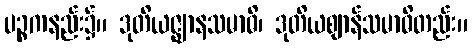
ပဉ္စကနည်း၌။ ဒုတိယဇ္ဈာနသမာဓိ၊ ဒုတိယဈာန်သမာဓိတည်း။